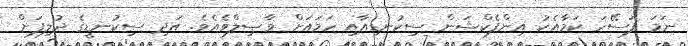
ނަމަ ފަސޭހަ ކަމާއެކު އިންފެކްޝަން ސިކުނޑިއާއި ހަމައަށް ވާޞިލްވެއެވެ. އަދި ސިކުނޑީގެ ދުލިފަށް